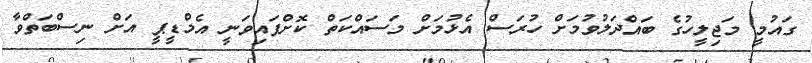
ގައުމީ މަޖިލީހުގެ ބައްދަލުވުމަށް ހުރަސް އެޅުމަށް މަސައްކަތް ކޮށްފައިވަނީ އެމްޑީޕީ އަށް ނިސްބަތްވާ